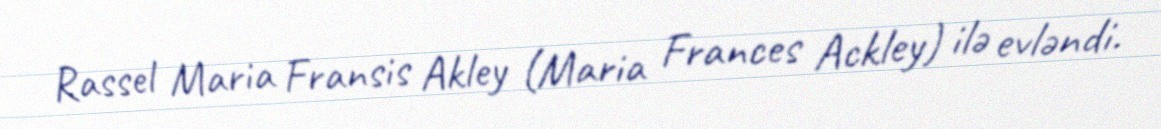
Rassel Maria Fransis Akley (Maria Frances Ackley) ilə evləndi.